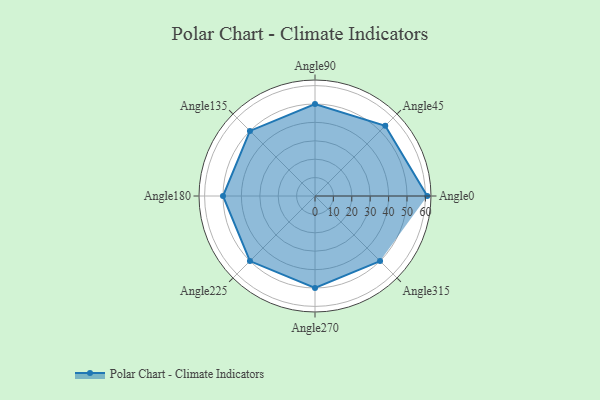
{"axis": {"x": "Angle", "y": "Radius"}, "legend": [""], "data": [{"x": "Angle0", "y": 61.0, "type": ""}, {"x": "Angle45", "y": 54.0, "type": ""}, {"x": "Angle90", "y": 50, "type": ""}, {"x": "Angle135", "y": 50, "type": ""}, {"x": "Angle180", "y": 50, "type": ""}, {"x": "Angle225", "y": 50, "type": ""}, {"x": "Angle270", "y": 50, "type": ""}, {"x": "Angle315", "y": 50, "type": ""}]}